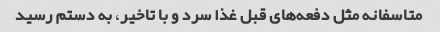
متاسفانه مثل دفعه‌های قبل غذا سرد و با تاخیر، به دستم رسید